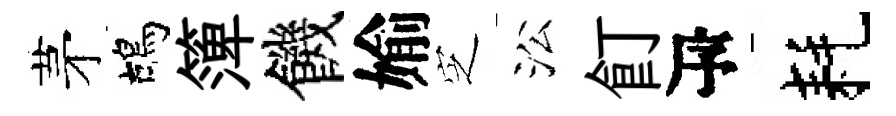
茅鴣𥱼饑媮㝎㳂飣瓴耗